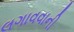
લગાવવાની